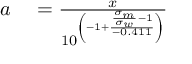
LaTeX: \begin{array} { r l } { a } & { { } = { \frac { x } { 1 0 ^ { \left( - 1 + { \frac { { \frac { \sigma _ { m } } { \sigma _ { w } } } - 1 } { - 0 . 4 1 1 } } \right) } } } } \end{array}